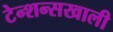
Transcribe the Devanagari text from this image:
टेन्शन्सखाली